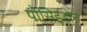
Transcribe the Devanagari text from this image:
पोसिइडोन